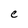
Character: e